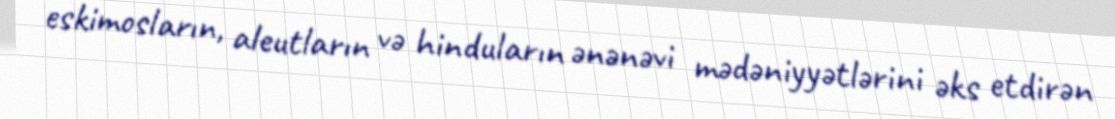
eskimosların, aleutların və hinduların ənənəvi mədəniyyətlərini əks etdirən